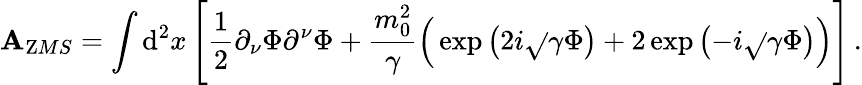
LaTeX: {\cal\mathbf{A}}_{\mathrm{Z}MS}=\int{\mathrm{d}}^{2}x\left[\frac{{1}}{{2}}\partial_{\nu}\Phi\partial^{\nu}\Phi+\frac{{m_{0}^{2}}}{{\gamma}}\Big(\exp\left(2i\sqrt{}{{\gamma}}\Phi\right)+2\exp\left(-i\sqrt{}{{\gamma}}\Phi\right)\Big)\right]\, .